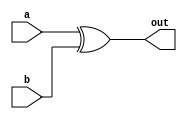
module xor_gate (
	input [31:0] a,
	input [31:0] b,
	output [31:0] out
);

	assign out = a ^ b;

endmodule